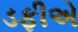
ડફીએ